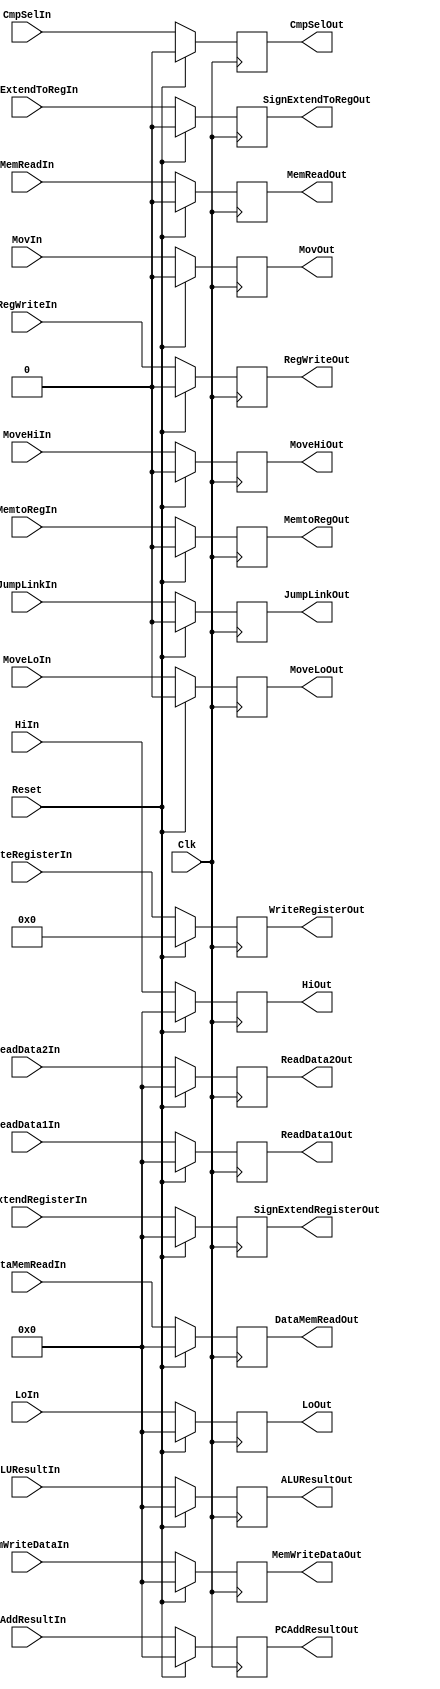
`timescale 1ns / 1ps
//////////////////////////////////////////////////////////////////////////////////
// Company: 
// Engineer: 
// 
// Design Name: 
// Module Name: Pipe4Reg
// Project Name: 
// Target Devices: 
// Tool Versions: 
// Description: 
// 
// Dependencies: 
// 
// Revision:
// Revision 0.01 - File Created
// Additional Comments:
// 
//////////////////////////////////////////////////////////////////////////////////


module Pipe4Reg(
        Clk, // inputs 
        Reset,
        PCAddResultIn, 
        HiIn,
        LoIn,
        ALUResultIn,
        MemWriteDataIn,
        WriteRegisterIn,
        ReadData1In,
        ReadData2In,
        SignExtendRegisterIn,
        RegWriteIn,
        MemtoRegIn,
        SignExtendToRegIn,
        MovIn, 
        CmpSelIn,
        MoveHiIn,
        MoveLoIn,
        JumpLinkIn,
        DataMemReadIn,
        MemReadIn,
        PCAddResultOut, // outputs 
        HiOut,
        LoOut,
        ALUResultOut,
        MemWriteDataOut,
        WriteRegisterOut,
        ReadData1Out,
        ReadData2Out,
        SignExtendRegisterOut,
        RegWriteOut,
        MemtoRegOut,
        SignExtendToRegOut,
        MovOut, 
        CmpSelOut,
        MoveHiOut,
        MoveLoOut,
        JumpLinkOut,
        DataMemReadOut,
        MemReadOut
    );
    
    input Clk, RegWriteIn, MemtoRegIn, SignExtendToRegIn, MovIn,
    CmpSelIn, MoveHiIn, MoveLoIn, JumpLinkIn, Reset, MemReadIn;
    input [31:0] PCAddResultIn, HiIn, LoIn, ALUResultIn, MemWriteDataIn,
    ReadData1In, ReadData2In, SignExtendRegisterIn, DataMemReadIn;
    input [4:0] WriteRegisterIn;
    
    output reg RegWriteOut, MemtoRegOut, SignExtendToRegOut, MovOut,
    CmpSelOut, MoveHiOut, MoveLoOut, JumpLinkOut, MemReadOut;
    output reg [31:0] PCAddResultOut, HiOut, LoOut, ALUResultOut, MemWriteDataOut,
    ReadData1Out, ReadData2Out, SignExtendRegisterOut, DataMemReadOut;
    output reg [4:0] WriteRegisterOut;

    always@(negedge Clk) begin
        if(Reset == 1) begin
            PCAddResultOut <= 0; 
            HiOut <= 0;
            LoOut <= 0;
            ALUResultOut <= 0;
            MemWriteDataOut <= 0;
            WriteRegisterOut <= 0;
            ReadData1Out <= 0;
            ReadData2Out <= 0;
            SignExtendRegisterOut <= 0;
            RegWriteOut <= 0;
            MemtoRegOut <= 0;
            SignExtendToRegOut <= 0;
            MovOut <= 0;
            CmpSelOut <= 0;
            MoveHiOut <= 0;
            MoveLoOut <= 0;
            JumpLinkOut <= 0;
            DataMemReadOut <= 0;
            MemReadOut <= 0;        
        end
        else begin
            PCAddResultOut <= PCAddResultIn; 
            HiOut <= HiIn;
            LoOut <= LoIn;
            ALUResultOut <= ALUResultIn;
            MemWriteDataOut <= MemWriteDataIn;
            WriteRegisterOut <= WriteRegisterIn;
            ReadData1Out <= ReadData1In;
            ReadData2Out <= ReadData2In;
            SignExtendRegisterOut <= SignExtendRegisterIn;
            RegWriteOut <= RegWriteIn;
            MemtoRegOut <= MemtoRegIn;
            SignExtendToRegOut <= SignExtendToRegIn;
            MovOut <= MovIn;
            CmpSelOut <= CmpSelIn;
            MoveHiOut <= MoveHiIn;
            MoveLoOut <= MoveLoIn;
            JumpLinkOut <= JumpLinkIn;
            DataMemReadOut <= DataMemReadIn;
            MemReadOut <= MemReadIn;
        end
    end



endmodule